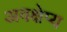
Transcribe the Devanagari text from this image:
अवक्षेप्य